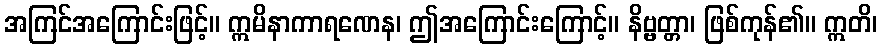
အကြင်အကြောင်းဖြင့်။ ဣမိနာကာရဏေန၊ ဤအကြောင်းကြောင့်။ နိဗ္ဗတ္တာ၊ ဖြစ်ကုန်၏။ ဣတိ၊